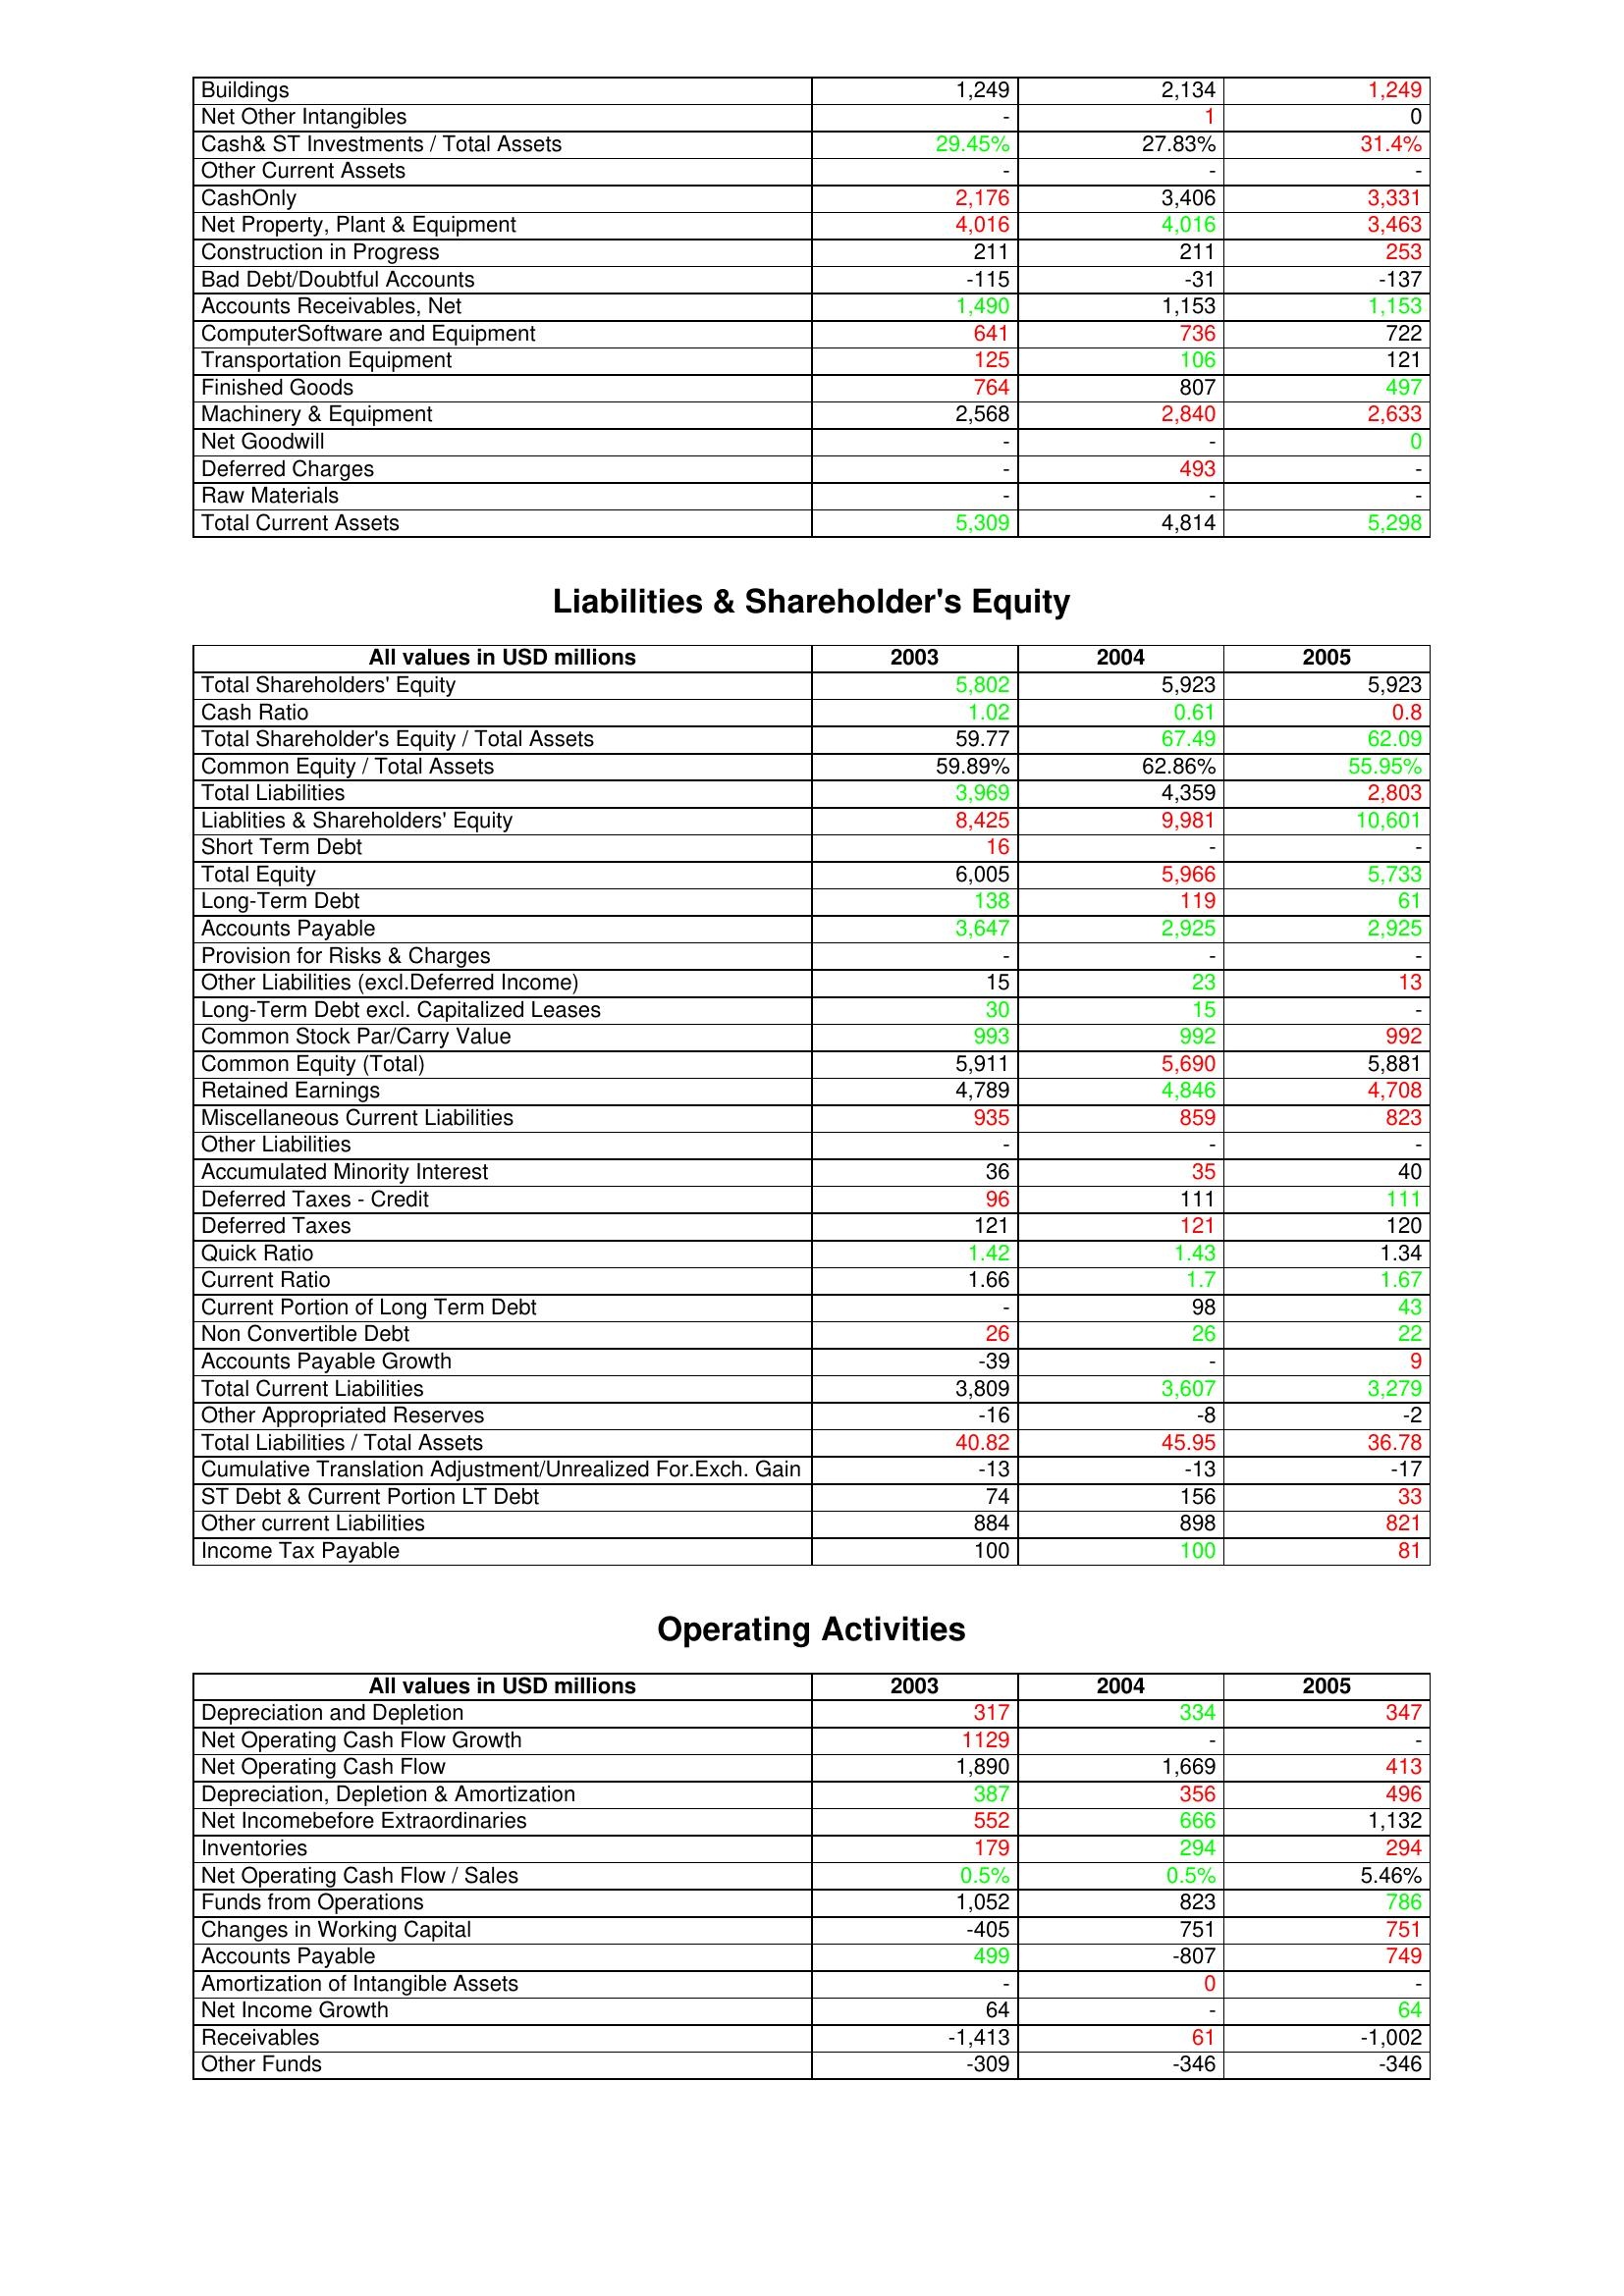
gt_parse: 2003: Assets: Buildings: 1,249
Net Other Intangibles: -
Cash& ST Investments / Total Assets: 29.45%
Other Current Assets: -
CashOnly: 2,176
Net Property, Plant & Equipment: 4,016
Construction in Progress: 211
Bad Debt/Doubtful Accounts: -115
Accounts Receivables, Net: 1,490
ComputerSoftware and Equipment: 641
Transportation Equipment: 125
Finished Goods: 764
Machinery & Equipment: 2,568
Net Goodwill: -
Deferred Charges: -
Raw Materials: -
Total Current Assets: 5,309
Liabilities & Shareholder's Equity: Total Shareholders' Equity: 5,802
Cash Ratio: 1.02
Total Shareholder's Equity / Total Assets: 59.77
Common Equity / Total Assets: 59.89%
Total Liabilities: 3,969
Liablities & Shareholders' Equity: 8,425
Short Term Debt: 16
Total Equity: 6,005
Long-Term Debt: 138
Accounts Payable: 3,647
Provision for Risks & Charges: -
Other Liabilities (excl.Deferred Income): 15
Long-Term Debt excl. Capitalized Leases: 30
Common Stock Par/Carry Value: 993
Common Equity (Total): 5,911
Retained Earnings: 4,789
Miscellaneous Current Liabilities: 935
Other Liabilities: -
Accumulated Minority Interest: 36
Deferred Taxes - Credit: 96
Deferred Taxes: 121
Quick Ratio: 1.42
Current Ratio: 1.66
Current Portion of Long Term Debt: -
Non Convertible Debt: 26
Accounts Payable Growth: -39
Total Current Liabilities: 3,809
Other Appropriated Reserves: -16
Total Liabilities / Total Assets: 40.82
Cumulative Translation Adjustment/Unrealized For.Exch. Gain: -13
ST Debt & Current Portion LT Debt: 74
Other current Liabilities: 884
Income Tax Payable: 100
Operating Activities: Depreciation and Depletion: 317
Net Operating Cash Flow Growth: 1129
Net Operating Cash Flow: 1,890
Depreciation, Depletion & Amortization: 387
Net Incomebefore Extraordinaries: 552
Inventories: 179
Net Operating Cash Flow / Sales: 0.5%
Funds from Operations: 1,052
Changes in Working Capital: -405
Accounts Payable: 499
Amortization of Intangible Assets: -
Net Income Growth: 64
Receivables: -1,413
Other Funds: -309
2004: Assets: Buildings: 2,134
Net Other Intangibles: 1
Cash& ST Investments / Total Assets: 27.83%
Other Current Assets: -
CashOnly: 3,406
Net Property, Plant & Equipment: 4,016
Construction in Progress: 211
Bad Debt/Doubtful Accounts: -31
Accounts Receivables, Net: 1,153
ComputerSoftware and Equipment: 736
Transportation Equipment: 106
Finished Goods: 807
Machinery & Equipment: 2,840
Net Goodwill: -
Deferred Charges: 493
Raw Materials: -
Total Current Assets: 4,814
Liabilities & Shareholder's Equity: Total Shareholders' Equity: 5,923
Cash Ratio: 0.61
Total Shareholder's Equity / Total Assets: 67.49
Common Equity / Total Assets: 62.86%
Total Liabilities: 4,359
Liablities & Shareholders' Equity: 9,981
Short Term Debt: -
Total Equity: 5,966
Long-Term Debt: 119
Accounts Payable: 2,925
Provision for Risks & Charges: -
Other Liabilities (excl.Deferred Income): 23
Long-Term Debt excl. Capitalized Leases: 15
Common Stock Par/Carry Value: 992
Common Equity (Total): 5,690
Retained Earnings: 4,846
Miscellaneous Current Liabilities: 859
Other Liabilities: -
Accumulated Minority Interest: 35
Deferred Taxes - Credit: 111
Deferred Taxes: 121
Quick Ratio: 1.43
Current Ratio: 1.7
Current Portion of Long Term Debt: 98
Non Convertible Debt: 26
Accounts Payable Growth: -
Total Current Liabilities: 3,607
Other Appropriated Reserves: -8
Total Liabilities / Total Assets: 45.95
Cumulative Translation Adjustment/Unrealized For.Exch. Gain: -13
ST Debt & Current Portion LT Debt: 156
Other current Liabilities: 898
Income Tax Payable: 100
Operating Activities: Depreciation and Depletion: 334
Net Operating Cash Flow Growth: -
Net Operating Cash Flow: 1,669
Depreciation, Depletion & Amortization: 356
Net Incomebefore Extraordinaries: 666
Inventories: 294
Net Operating Cash Flow / Sales: 0.5%
Funds from Operations: 823
Changes in Working Capital: 751
Accounts Payable: -807
Amortization of Intangible Assets: 0
Net Income Growth: -
Receivables: 61
Other Funds: -346
2005: Assets: Buildings: 1,249
Net Other Intangibles: 0
Cash& ST Investments / Total Assets: 31.4%
Other Current Assets: -
CashOnly: 3,331
Net Property, Plant & Equipment: 3,463
Construction in Progress: 253
Bad Debt/Doubtful Accounts: -137
Accounts Receivables, Net: 1,153
ComputerSoftware and Equipment: 722
Transportation Equipment: 121
Finished Goods: 497
Machinery & Equipment: 2,633
Net Goodwill: 0
Deferred Charges: -
Raw Materials: -
Total Current Assets: 5,298
Liabilities & Shareholder's Equity: Total Shareholders' Equity: 5,923
Cash Ratio: 0.8
Total Shareholder's Equity / Total Assets: 62.09
Common Equity / Total Assets: 55.95%
Total Liabilities: 2,803
Liablities & Shareholders' Equity: 10,601
Short Term Debt: -
Total Equity: 5,733
Long-Term Debt: 61
Accounts Payable: 2,925
Provision for Risks & Charges: -
Other Liabilities (excl.Deferred Income): 13
Long-Term Debt excl. Capitalized Leases: -
Common Stock Par/Carry Value: 992
Common Equity (Total): 5,881
Retained Earnings: 4,708
Miscellaneous Current Liabilities: 823
Other Liabilities: -
Accumulated Minority Interest: 40
Deferred Taxes - Credit: 111
Deferred Taxes: 120
Quick Ratio: 1.34
Current Ratio: 1.67
Current Portion of Long Term Debt: 43
Non Convertible Debt: 22
Accounts Payable Growth: 9
Total Current Liabilities: 3,279
Other Appropriated Reserves: -2
Total Liabilities / Total Assets: 36.78
Cumulative Translation Adjustment/Unrealized For.Exch. Gain: -17
ST Debt & Current Portion LT Debt: 33
Other current Liabilities: 821
Income Tax Payable: 81
Operating Activities: Depreciation and Depletion: 347
Net Operating Cash Flow Growth: -
Net Operating Cash Flow: 413
Depreciation, Depletion & Amortization: 496
Net Incomebefore Extraordinaries: 1,132
Inventories: 294
Net Operating Cash Flow / Sales: 5.46%
Funds from Operations: 786
Changes in Working Capital: 751
Accounts Payable: 749
Amortization of Intangible Assets: -
Net Income Growth: 64
Receivables: -1,002
Other Funds: -346